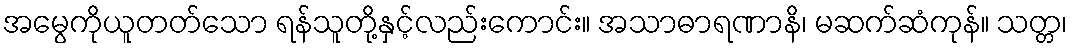
အမွေကိုယူတတ်သော ရန်သူတို့နှင့်လည်းကောင်း။ အသာဓာရဏာနိ၊ မဆက်ဆံကုန်။ သတ္တ၊